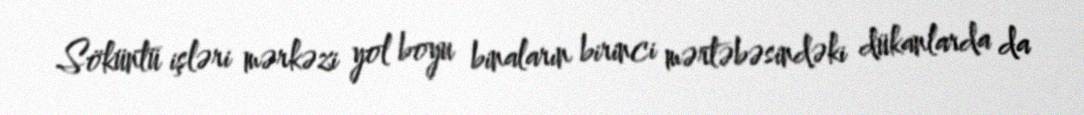
Söküntü işləri mərkəzi yol boyu binaların birinci mərtəbəsindəki dükanlarda da